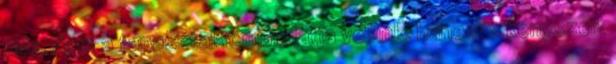
fele. Nem a tapasztalat mondatja velünk, hanem a kényszer.